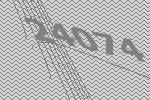
24074